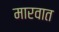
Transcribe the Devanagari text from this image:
मारवात